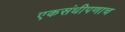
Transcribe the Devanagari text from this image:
एकसंधीपणाच